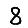
Digit: 8